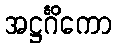
အဋ္ဌင်္ဂိကော